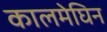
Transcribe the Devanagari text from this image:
कालमेघिन